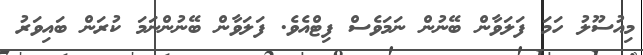
މިއުސޫލު ހަމަ ފަލަވާން ބޭނުން ނަމަވެސް ފިޓްއެވެ. ފަލަވާން ބޭނުންނަމަ ކުރަން ބައިވަރު